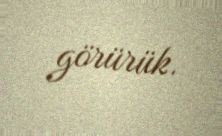
görürük.